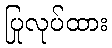
ပြုလုပ်ထား